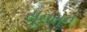
સૂનમૂન